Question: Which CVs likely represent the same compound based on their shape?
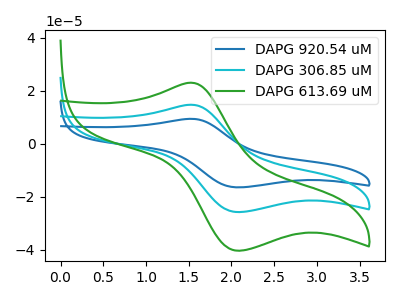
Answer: <think>The blue curve "DAPG 920.54 uM" has an anodic peak at (1.55V, 29.45uA) and a cathodic peak at (2.10V, -51.65uA). The cyan curve "DAPG 306.85 uM" has an anodic peak at (1.55V, 14.70uA) and a cathodic peak at (2.10V, -25.80uA). The green curve "DAPG 613.69 uM" has an anodic peak at (1.55V, 23.05uA) and a cathodic peak at (2.10V, -40.45uA).
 All the peaks in "DAPG 920.54 uM" have a peak in "DAPG 306.85 uM" at the same potential. Every peak in "DAPG 920.54 uM" is higher than every peak in "DAPG 306.85 uM". All the peaks in "DAPG 920.54 uM" have a peak in "DAPG 613.69 uM" at the same potential. Every peak in "DAPG 920.54 uM" is higher than every peak in "DAPG 613.69 uM". All the peaks in "DAPG 306.85 uM" have a peak in "DAPG 613.69 uM" at the same potential. Every peak in "DAPG 306.85 uM" is lower than every peak in "DAPG 613.69 uM".</think>
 <answer>"DAPG 613.69 uM", "DAPG 920.54 uM" and "DAPG 306.85 uM" have the same shape and are likely CV's of the same chemical.</answer>
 <eval>"DAPG 613.69 uM" "DAPG 920.54 uM" "DAPG 306.85 uM"</eval>